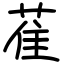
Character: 萑